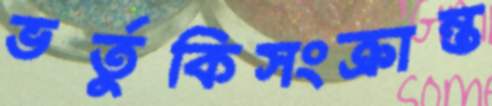
ভর্তুকিসংক্রান্ত